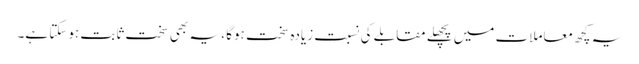
یہ کچھ معاملات میں پچھلے مقابلے کی نسبت زیادہ سخت ہوگا ، یہ بھی سخت ثابت ہوسکتا ہے۔